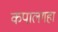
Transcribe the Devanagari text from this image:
कपालगहा